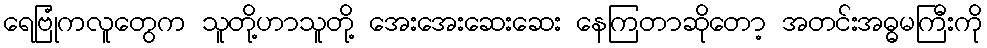
ရေဗြုံကလူတွေက သူတို့ဟာသူတို့ အေးအေးဆေးဆေး နေကြတာဆိုတော့ အတင်းအဓ္ဓမကြီးကို